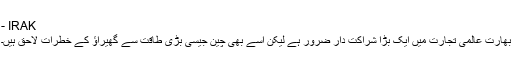
- IRAK
بھارت عالمی تجارت میں ایک بڑا شراکت دار ضرور ہے لیکن اسے بھی چین جیسی بڑی طاقت سے گھیراؤ کے خطرات لاحق ہیں۔